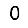
Digit: 0